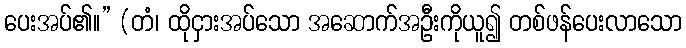
ပေးအပ်၏။” (တံ၊ ထိုငှားအပ်သော အဆောက်အဦးကိုယူ၍ တစ်ဖန်ပေးလာသော